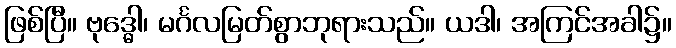
ဖြစ်ပြီ။ ဗုဒ္ဓေါ၊ မင်္ဂလမြတ်စွာဘုရားသည်။ ယဒါ၊ အကြင်အခါ၌။